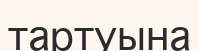
тартуына